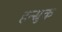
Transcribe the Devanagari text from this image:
हन्स्रुक